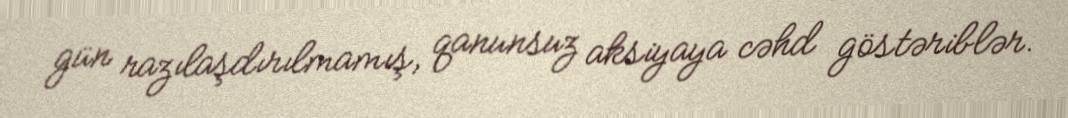
gün razılaşdırılmamış, qanunsuz aksiyaya cəhd göstəriblər.